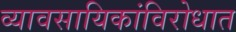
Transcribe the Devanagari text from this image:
व्यावसायिकांविरोधात